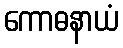
ကောဓနာယံ